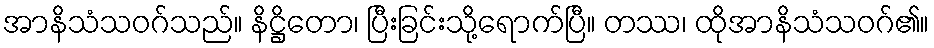
အာနိသံသဝဂ်သည်။ နိဋ္ဌိတော၊ ပြီးခြင်းသို့ရောက်ပြီ။ တဿ၊ ထိုအာနိသံသဝဂ်၏။